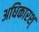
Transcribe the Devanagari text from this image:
अधिकारश्